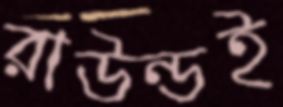
রাউন্ডই